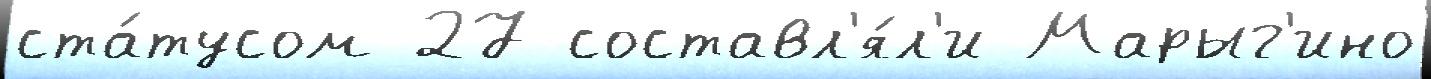
ста́тусом 27 составл'я́л'и Марыг'ино